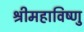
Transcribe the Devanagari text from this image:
श्रीमहाविष्णु